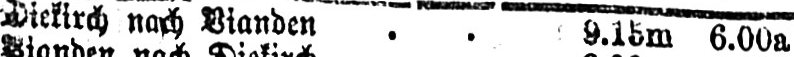
Diekirch nach Vianden .. 9.15m 6.00a